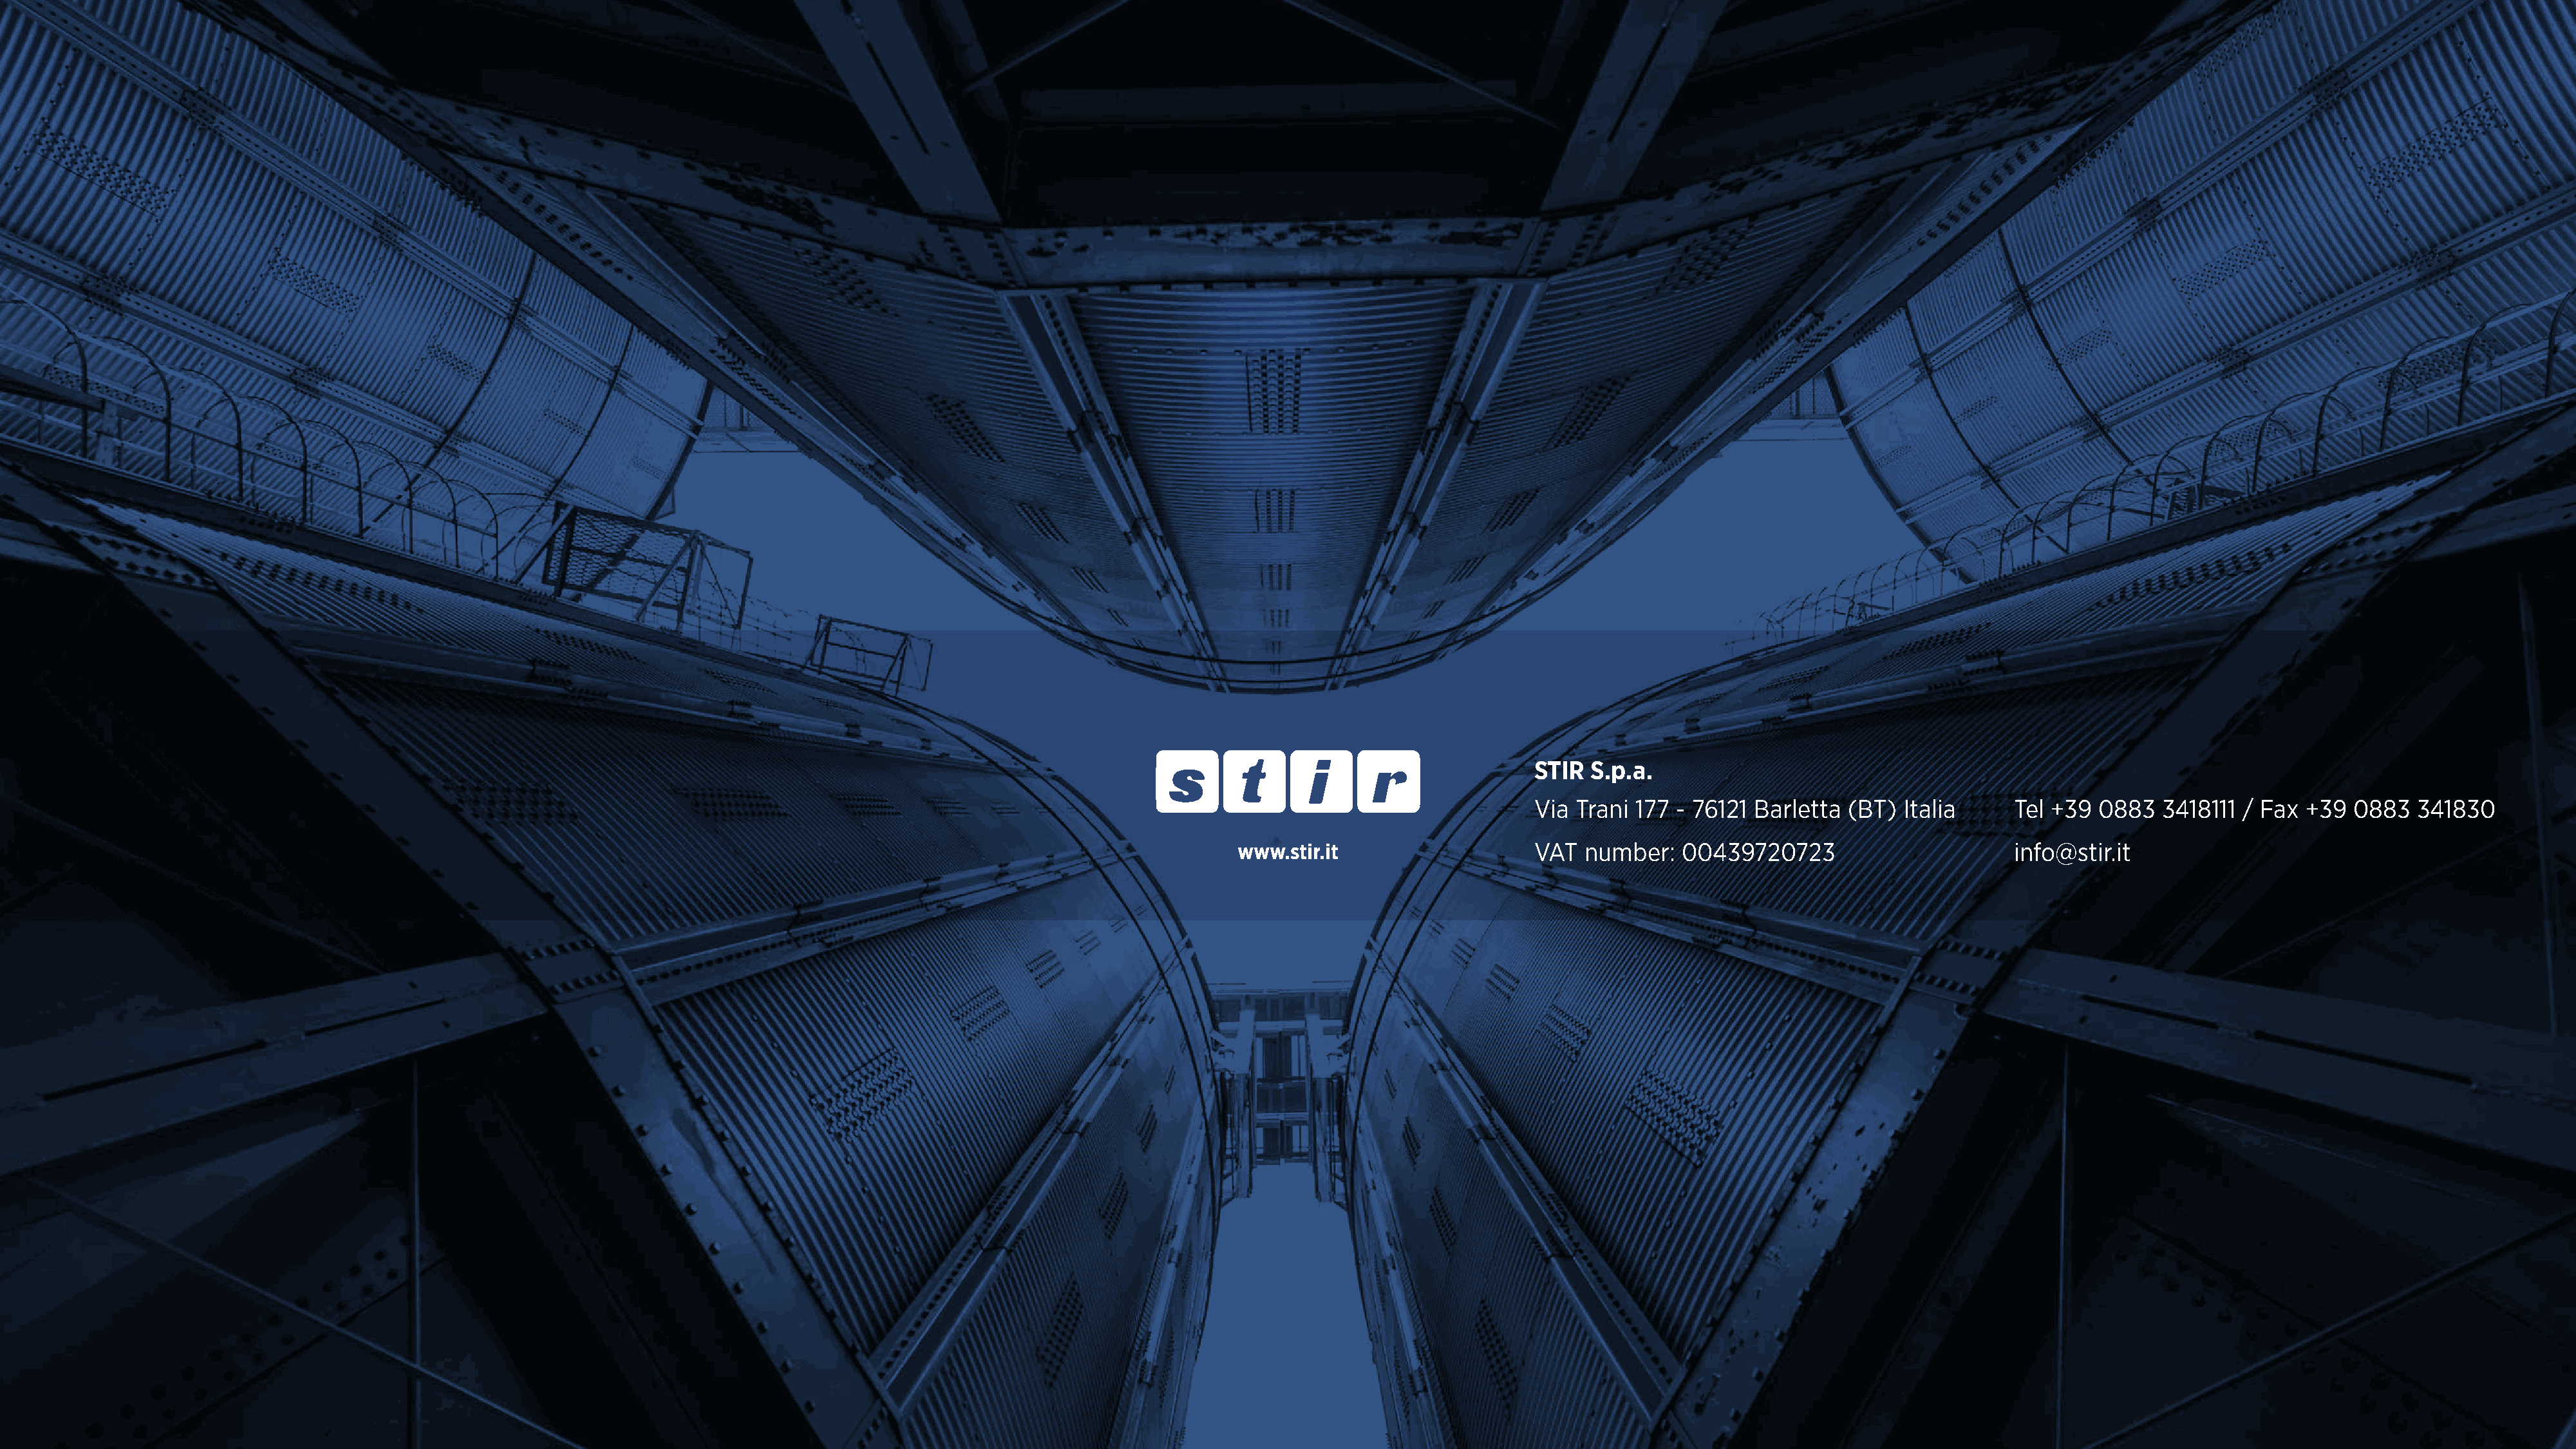
STIR  S.p.a.
 Via Trani 177 - 76121 Barletta  (BT)  Italia     Tel +39  0883  3418111  / Fax +39  0883   341830
 www.stir.it                    VAT  number:   00439720723                       info@stir.it